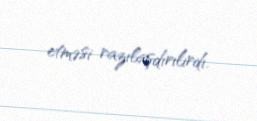
etməsi razılaşdırılırdı.